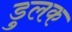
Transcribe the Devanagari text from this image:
डुलक